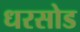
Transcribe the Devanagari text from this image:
धरसोड